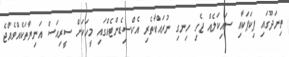
ތިނަދޫގައި ޕިކަޕަކާއި ސައިކަލެއް ޖެހި ހިނގި ނުރައްކާތެރި އެކްސިޑެންޓެއްގައި މީހަކަށް ސީރިއަސް އަނިޔާތަކެއްވެއްޖެ